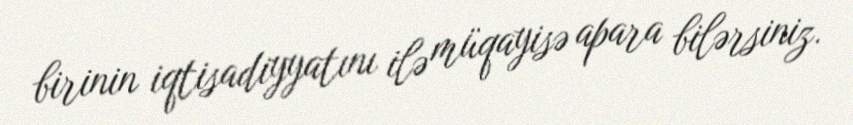
birinin iqtisadiyyatını ilə müqayisə apara bilərsiniz.